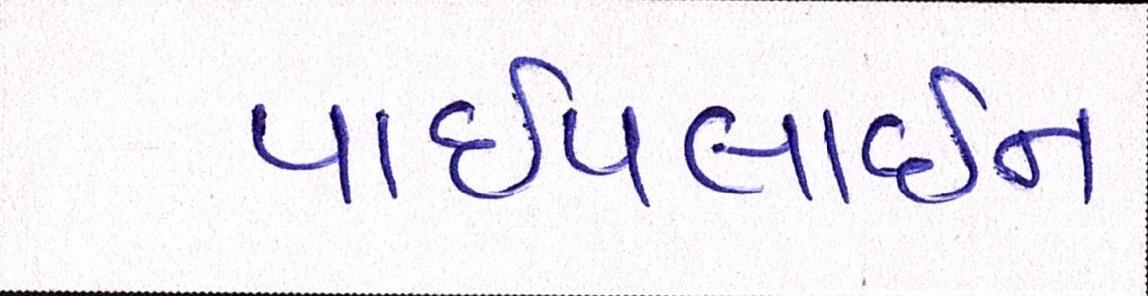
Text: પાઈપલાઈન